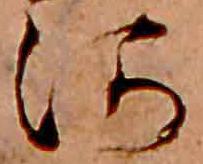
河